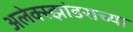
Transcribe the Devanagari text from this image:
अलेक्स्झांडराच्या